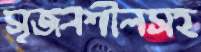
সৃজনশীলসহ